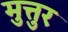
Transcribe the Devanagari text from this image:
मुत्तुर